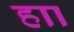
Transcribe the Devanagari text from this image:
हाा